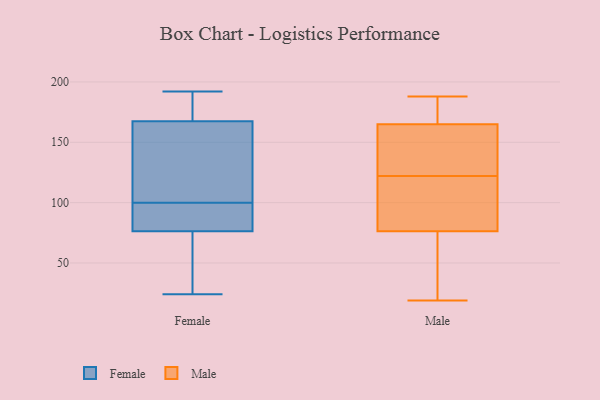
{"axis": {"x": "Temperature (°C)", "y": "Value"}, "legend": ["Female", "Male"], "data": [{"x": "", "y": 186, "type": "Female"}, {"x": "", "y": 24, "type": "Female"}, {"x": "", "y": 163, "type": "Female"}, {"x": "", "y": 57, "type": "Female"}, {"x": "", "y": 81, "type": "Female"}, {"x": "", "y": 192, "type": "Female"}, {"x": "", "y": 100, "type": "Female"}, {"x": "", "y": 62, "type": "Female"}, {"x": "", "y": 181, "type": "Female"}, {"x": "", "y": 108, "type": "Female"}, {"x": "", "y": 125, "type": "Female"}, {"x": "", "y": 86, "type": "Female"}, {"x": "", "y": 100, "type": "Female"}, {"x": "", "y": 175, "type": "Male"}, {"x": "", "y": 89, "type": "Male"}, {"x": "", "y": 122, "type": "Male"}, {"x": "", "y": 162, "type": "Male"}, {"x": "", "y": 19, "type": "Male"}, {"x": "", "y": 141, "type": "Male"}, {"x": "", "y": 154, "type": "Male"}, {"x": "", "y": 72, "type": "Male"}, {"x": "", "y": 92, "type": "Male"}, {"x": "", "y": 47, "type": "Male"}, {"x": "", "y": 26, "type": "Male"}, {"x": "", "y": 166, "type": "Male"}, {"x": "", "y": 116, "type": "Male"}, {"x": "", "y": 157, "type": "Male"}, {"x": "", "y": 92, "type": "Male"}, {"x": "", "y": 67, "type": "Male"}, {"x": "", "y": 180, "type": "Male"}, {"x": "", "y": 188, "type": "Male"}, {"x": "", "y": 168, "type": "Male"}]}